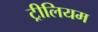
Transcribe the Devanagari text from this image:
ट्रीलियम